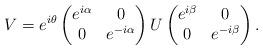
LaTeX: \begin{align*}V=e^{i\theta}\begin{pmatrix}e^{i\alpha} & 0 \\0 & e^{-i\alpha}\end{pmatrix}U\begin{pmatrix}e^{i\beta} & 0 \\0 & e^{-i\beta}\end{pmatrix}.\end{align*}